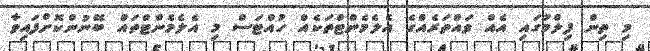
މި ތިން ފިލްމުގައި އެއް ވައްތަރެއްގެ އެލެމެންޓްތަކެއް ހުއްޓަސް މި އެލެމެންޓްތައް ބޭނުންކޮށްފައިވާ